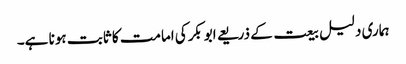
ہماری دلیل بیعت کے ذریعے ابوبکرکی امامت کا ثابت ہونا ہے۔